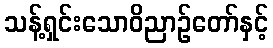
သန့်ရှင်းသောဝိညာဉ်တော်နှင့်